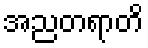
အညတရာတိ